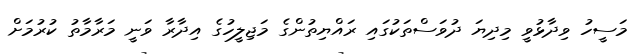
މަސީހު ވިދާޅުވީ މިދިޔަ ދުވަސްތަކުގައި ރައްޔިތުންގެ މަޖިލީހުގެ އިދާރާ ވަނީ މަރާމާތު ކުރުމަށް